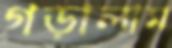
গড়ালাম